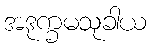
အဒုက္ခမသုခါယ